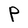
Character: P